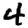
Digit: 4